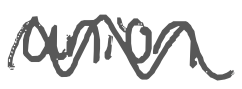
Text: union
Cross-out: wave
Writing tool: digital_gray